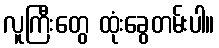
လူကြီးတွေ ထုံးခွေတမ်းပါ။